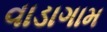
વાડાગામ